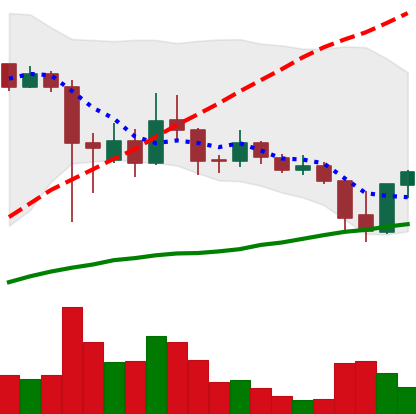
Ticker: ADA-USD
Chart end date: 2021-09-23
Forward return: -12.519%
Label: down_7plus